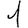
Digit: 1